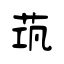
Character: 茿